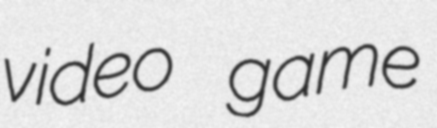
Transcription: video game